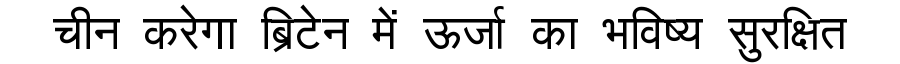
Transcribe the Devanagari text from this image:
चीन करेगा ब्रिटेन में ऊर्जा का भविष्य सुरक्षित